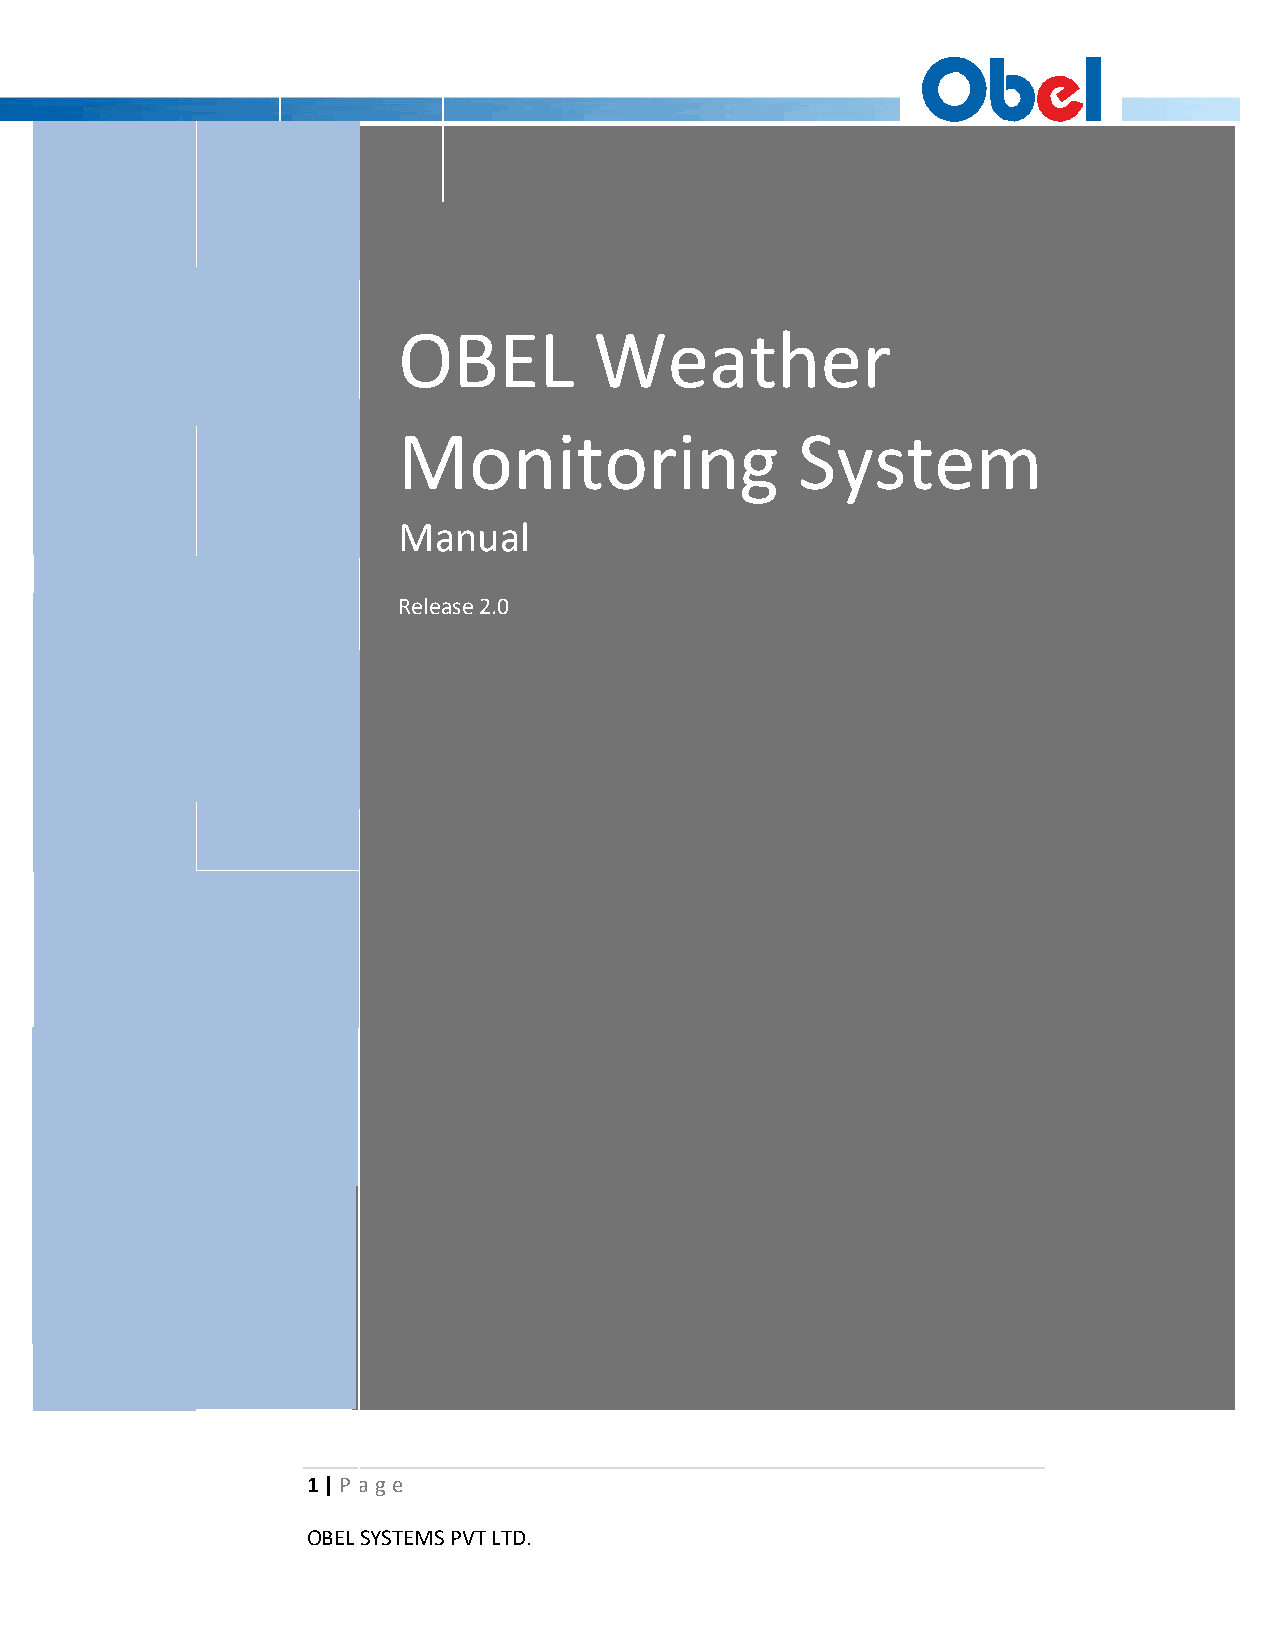
OBEL         Weather
 Monitoring                 System
 Manual
 Release 2.0
 1 | P ag e
 OBEL SYSTEMS PVT LTD.